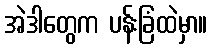
အဲဒါတွေက ပန်းခြံထဲမှာ။